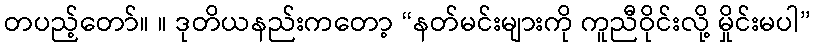
တပည့်တော်။ ။ ဒုတိယနည်းကတော့ “နတ်မင်းများကို ကူညီဝိုင်းလို့ မှိုင်းမပါ”